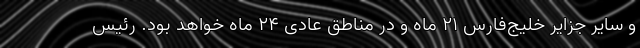
و سایر جزایر خلیج‌فارس ۲۱ ماه و در مناطق عادی ۲۴ ماه خواهد بود. رئیس